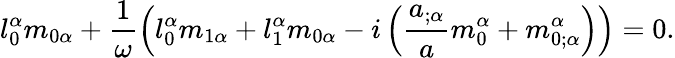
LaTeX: l_{0}^{\alpha}m_{0\alpha}+\frac{1}{\omega}\left(l_{0}^{\alpha}m_{1\alpha}+l_{1}^{\alpha}m_{0\alpha}-i\left(\frac{a_{;\alpha}}{a}m_{0}^{\alpha}+m_{0;\alpha}^{\alpha}\right)\right)=0.